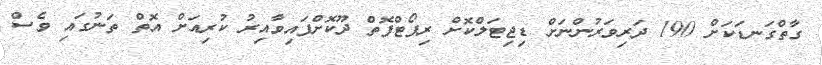
ގާތްގަނޑަކަށް 190 ދަރިވަރުންނަށް ޑިޖިޓަލްކޮށް ރިޕޯޓްފޮތް ދޫކޮށްފައިވާއިރު ކުރިއަށް އޮތް ތަނުގައި ވެސް